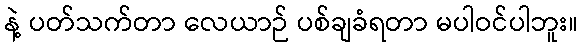
နဲ့ ပတ်သက်တာ လေယာဉ် ပစ်ချခံရတာ မပါဝင်ပါဘူး။